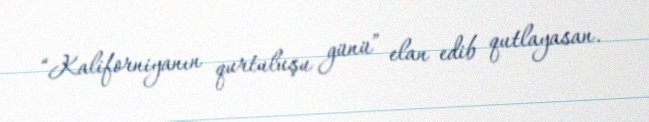
“Kaliforniyanın qurtuluşu günü” elan edib qutlayasan.